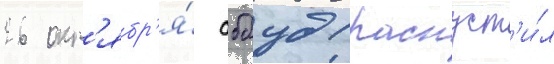
26 окт'ябр'я́ аббуд распуст'и́л